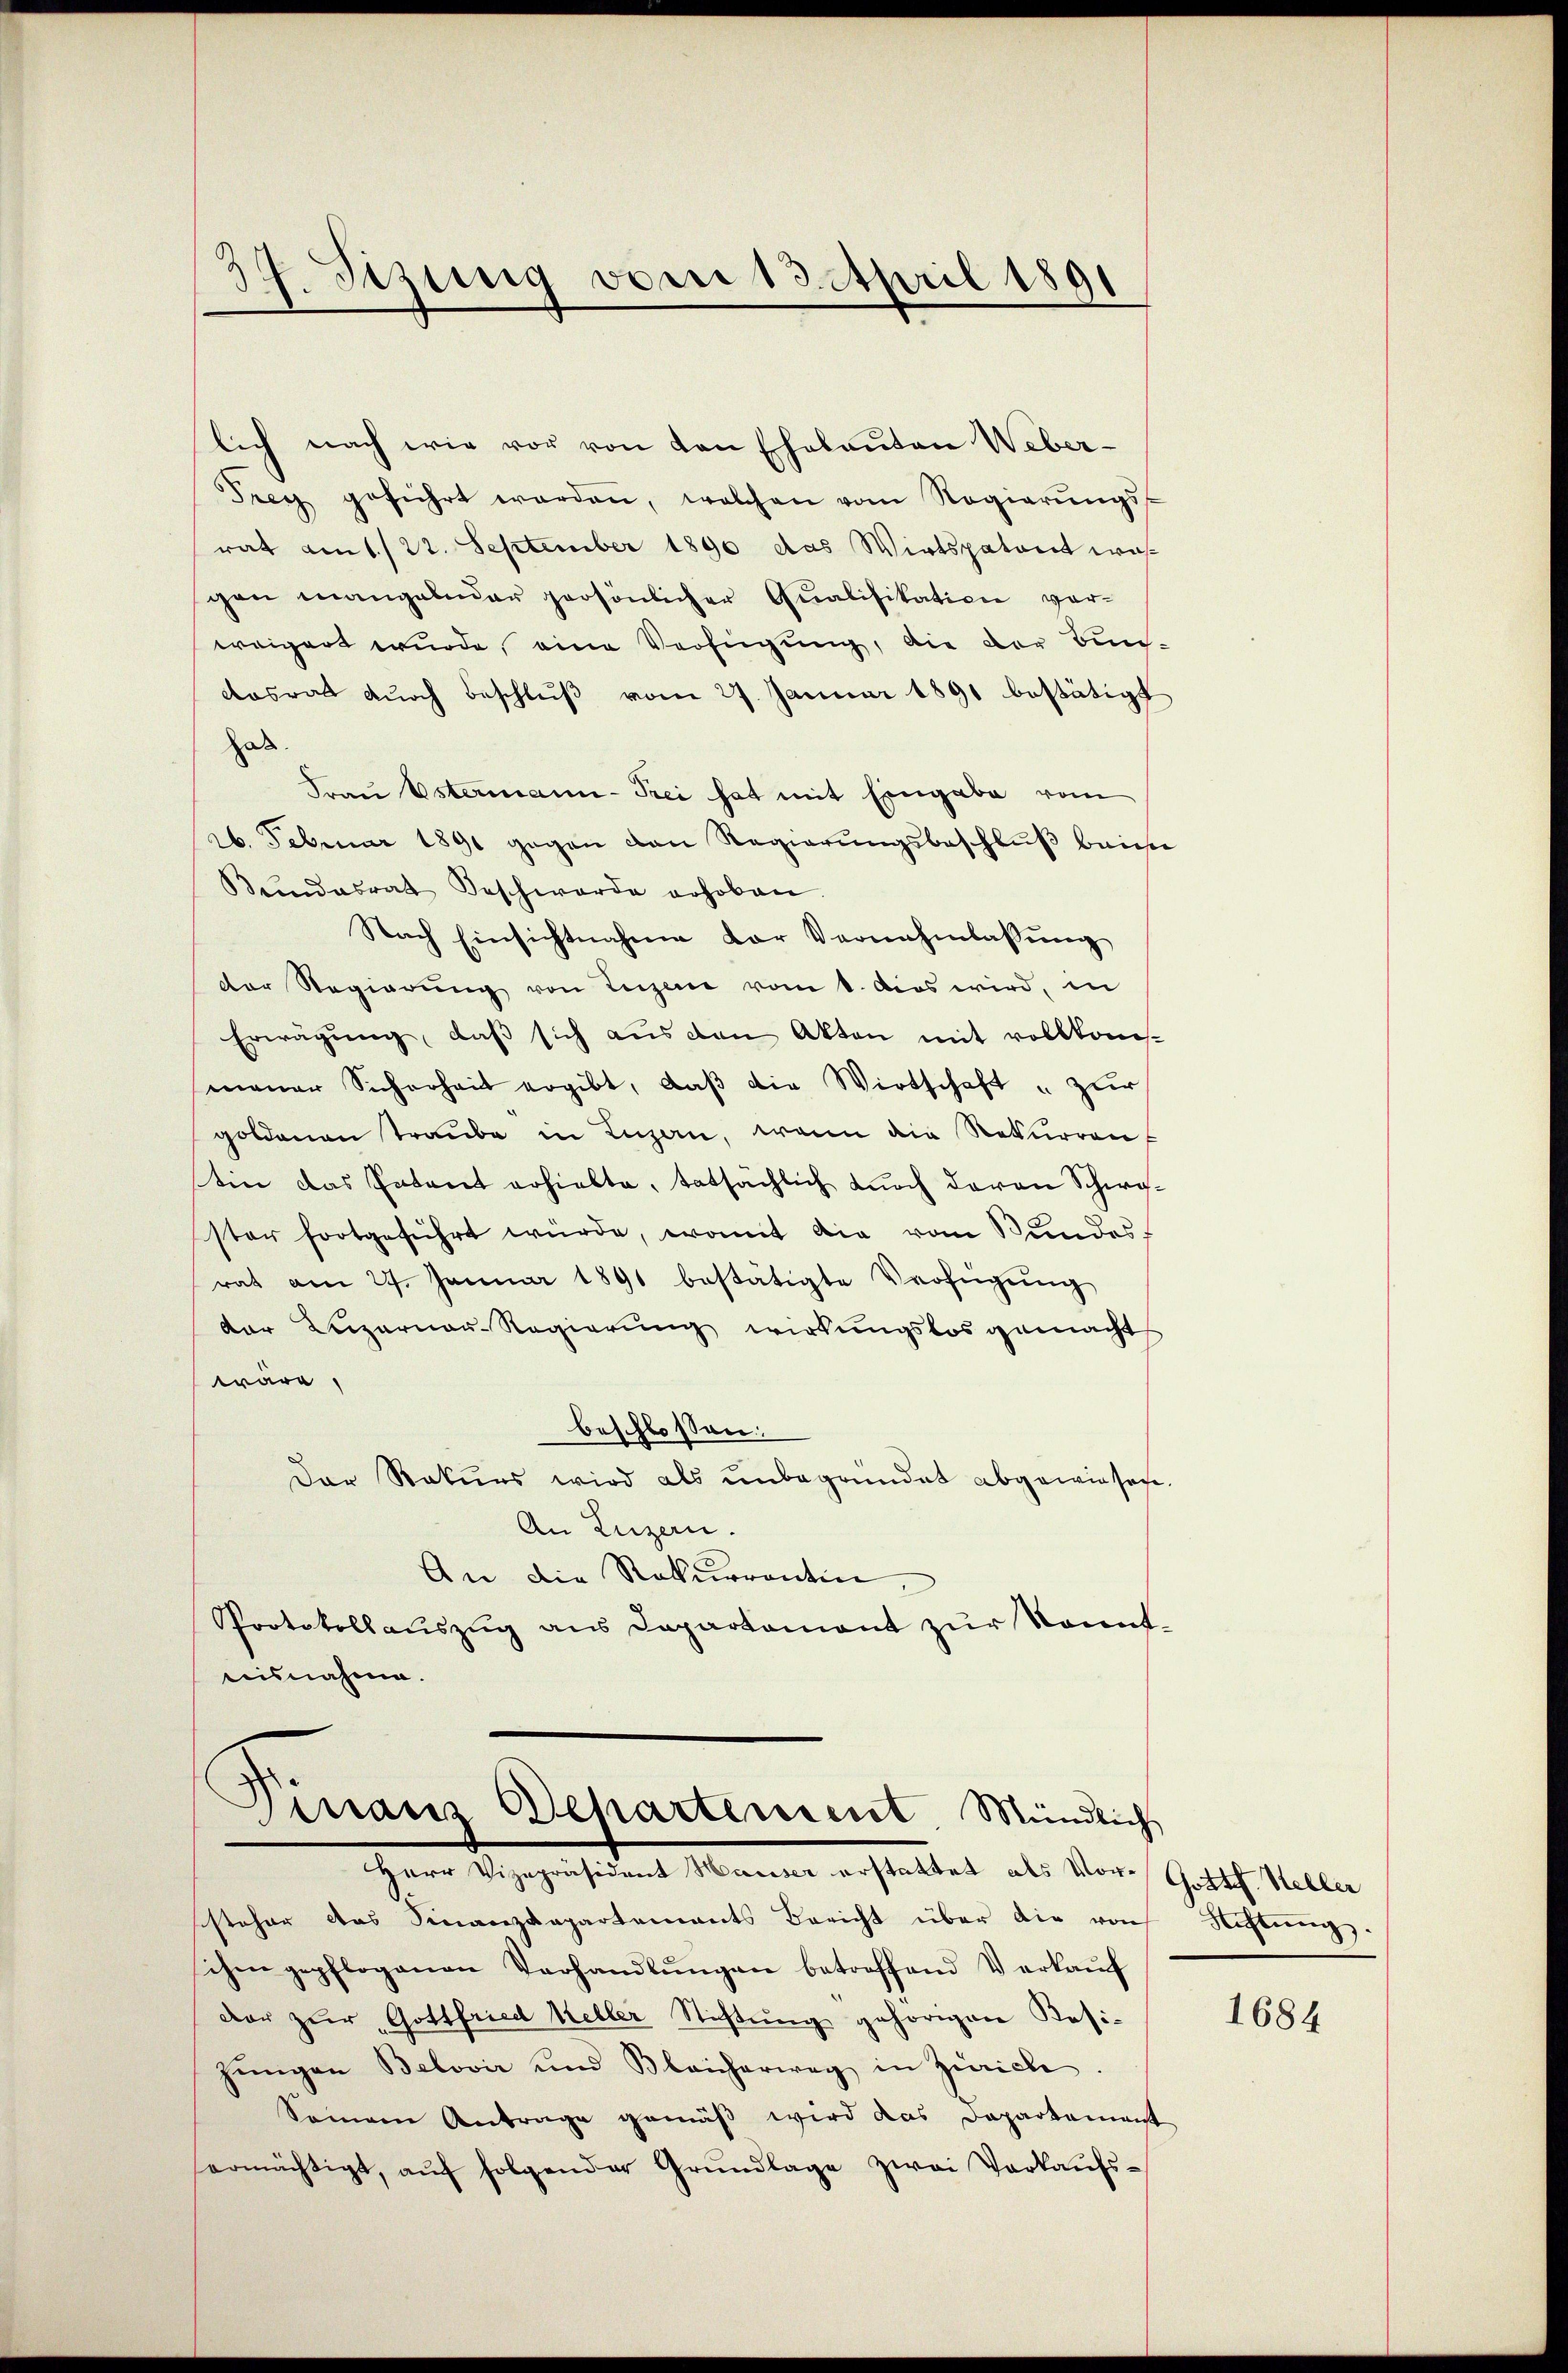
34. Sitzung vom 15. April 1891

lich nach wie vor von den Eheleuten Weber-
Frey geführt werden, welchen vom Regierŭngs-
rat am 1./22. September 1890 das Wirtspatent was
gen mangelnder persönlicher Qualifikation vorweigert wurde, eine Verfügung, die der Bun-
desrat dŭrch Beschlŭβ vom 27. Januar 1891 bestätigt
hab
Frau Ostermann-Frei hat mit Eingabe vom
26. Februar 1891 gegen von Regierungsbeschluß baie
Bŭndesrat Beschwerde erhoben.
Nach Einsichtnahme der Vernahmlassŭng
der Regierŭng von Ingene vom 1. das wird, in
Erwägŭng, daβ sich aus den Akten mit vollkom-
maner Sicherheit ergibt, daβ die Wirtschaft " zur
goldenen Traube in Luzern, wenn die Rekurren
tin das Patent erhielte, tatsächlich durch davon Schwyster fortgeführt würde, womit die vom Bundes
rat am 27. Januar 1891 bestätigte Verfügŭng
der Lizarner-Regierŭng wirkungslos gemacht
wäre,
beschlossen:
Der Rekurs wird als unbegründet abgewiesen.
An Luzern.
An die Rekurrentin
Protokollaŭszŭg aŭs Departament zŭr Kennt-
aisnahme.

Finanz Behartement Mündlich
Dagegen hiemit Manne erstattet, als Vori, Graf Stellen

steher das Finanzdepartements Bericht über die von Stiftung.
schen gepflogenen Verhandlŭngen betreffend Verkaŭf
dar zŭr Gottfried Keller Stichtung gehörigen Resi-
jungen Belović und Bleicherweg in Zürich
Seinem Antrage gemäß wird das Departement
ermächtigt, aŭf folgender Grŭndlage zwei Verkaŭfs-

1684